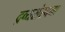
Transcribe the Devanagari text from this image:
द्रव्यसंरचना